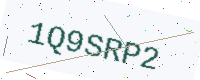
Text: 1Q9SRP2